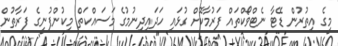
މީގެ އިތުރުން ޑޭޓާ ނެޓްވޯކްތައް ފަރުމާކޮށް ގުޅައި ހަދައިދިނުމުގެ މަސައްކަތް މިކުންފުނީގެ ފަރާތުން